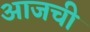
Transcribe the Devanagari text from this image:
अाजची